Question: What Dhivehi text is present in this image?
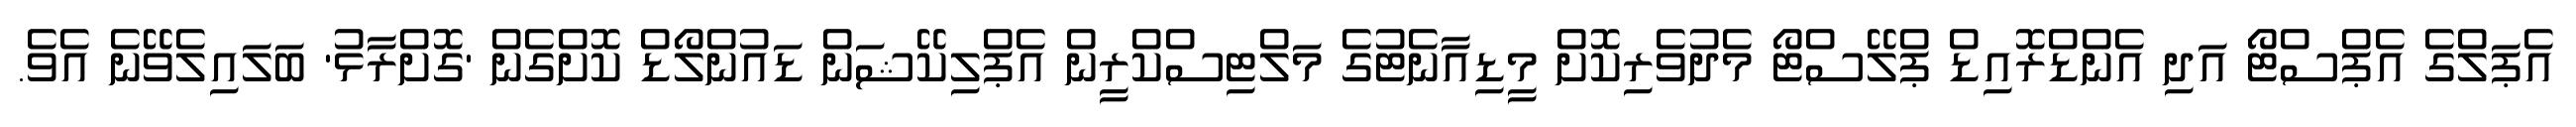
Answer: އެޕަލްގެ އެޕްސްޓޯ އަދި އެންޑްރޮއިޑް ޕްލޭސްޓޯ މެދުވެރިކޮށް މީޑިއާނެޓުގެ މަލްޓިސްކްރީން އެޕްލިކޭޝަން ޑައުންލޯޑް ކޮށްގެން 'ގޮށްރާޅު' ބަލައިލެވޭނެ އެވެ.